Civil Veterinary Department Bengal reports 1933-51 - 1933-1951
Year: 1933
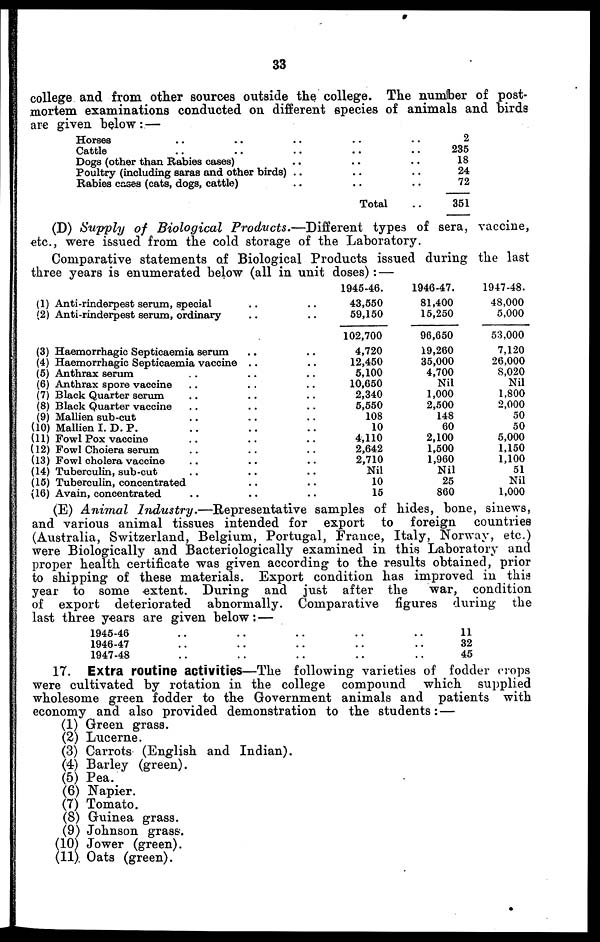
33
college and from other sources outside the college. The number of post-
mortem examinations conducted on different species of animals and birds
are given below :—
Horses .. .. .. .. ..
Cattle .. .. .. .. ..
Dogs (other than Babies cases) .. .. ..
Poultry (including saras and other birds) .. .. ..
Rabies cases (cats, dogs, cattle) .. .. ..
Total ..
2
235
18
24
72
351
(D) Supply of Biological Products.—Different
types of sera, vaccine,
etc., were issued from the cold storage of the Laboratory.
Comparative statements of Biological Products issued during the last
three years is enumerated below (all in unit doses) :—
(1) Anti-rinderpest serum, special .. ..
(2) Anti-rinderpest serum, ordinary .. ..
(3) Haemorrhagic Septicaemia serum .. ..
(4) Haemorrhagic Septicaemia vaccine .. ..
(5) Anthrax serum .. .. ..
(6) Anthrax spore vaccine .. .. ..
(7) Black Quarter serum .. .. ..
(8) Black Quarter vaccine .. .. ..
(9) Mallien sub-cut .. .. ..
(10) Mallien I. D. P. .. .. ..
(11) Fowl Pox vaccine .. .. ..
(12) Fowl Choiera serum .. .. ..
(13) Fowl cholera vaccine .. .. ..
(14) Tuberculin, sub-cut .. .. ..
(15) Tuberculin, concentrated .. .. ..
(16) Avain, concentrated
1945-46.
43,550
59,150
102,700
4,720
12,450
5,100
10,650
2,340
5,550
108
10
4,110
2,642
2,710
Nil
10
15
1946-47.
81,400
15,250
96,650
19,260
35,000
4,700
Nil
1,000
2,500
148
60
2,100
1,500
1,960
Nil
25
860
1947-48.
48,000
5,000
53,000
7,120
26,000
8,020
Nil
1,800
2,000
50
50
5,000
1,150
1,100
51
Nil
1,000
(E) Animal Industry.—Representative
samples of hides, bone, sinews,
and various animal tissues intended for export to foreign
countries
(Australia, Switzerland, Belgium, Portugal, France, Italy, Norway, etc.)
were Biologically and Bacteriologically examined in this Laboratory and
proper health certificate was given according to the results obtained, prior
to shipping of these materials. Export condition has improved in this
year to some extent. During and just after the
war, condition
of export deteriorated abnormally. Comparative figures during the
last three years are given below :—
1945-46 .. .. .. .. ..
1946-47 .. .. .. .. ..
1947-48 .. .. .. .. ..
11
32
45
17. Extra routine activities—The following varieties of fodder crops
were cultivated by rotation in the college compound which supplied
wholesome green fodder to the Government animals and patients with
economy and also provided demonstration to the students :—
(1) Green grass.
(2) Lucerne.
(3) Carrots (English and Indian).
(4) Barley (green).
(5) Pea.
(6) Napier.
(7) Tomato.
(8) Guinea grass.
(9) Johnson grass.
(10) Jower (green).
(11) Oats (green).